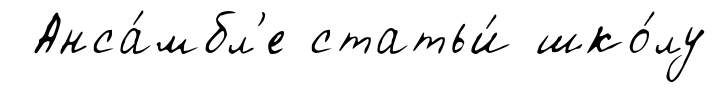
Анса́мбл'е статьи́ шко́лу